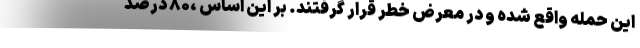
این حمله واقع شده و در معرض خطر قرار گرفتند. بر این اساس ،‌۸۰ درصد